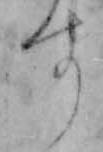
す